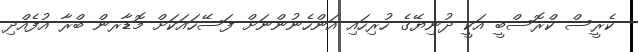
ކެރީސް ކްރޮސްބީ އަކީ ދުނިޔޭގެ ހުރިހައި އަންހެނުންނަށް ފަސޭހައަކަށް މޮޑާރން ބްރާ އުފެއްދި